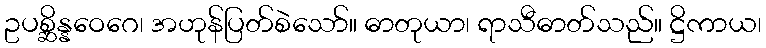
ဥပစ္ဆိန္နဝေဂေ၊ အဟုန်ပြတ်စဲသော်။ ဓာတုယာ၊ ရာသီဓာတ်သည်။ ဋ္ဌိကာယ၊